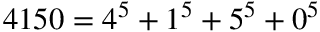
4 1 5 0 = 4 ^ { 5 } + 1 ^ { 5 } + 5 ^ { 5 } + 0 ^ { 5 }